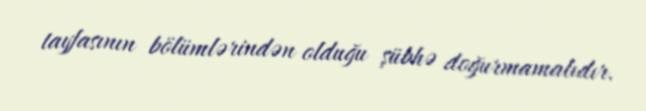
tayfasının bölümlərindən olduğu şübhə doğurmamalıdır.